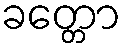
ခတ္တော